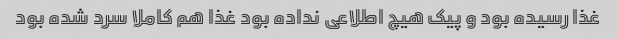
غذا رسیده بود و پیک هیچ اطلاعی نداده بود غذا هم کاملا سرد شده بود